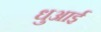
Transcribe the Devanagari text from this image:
धुआई